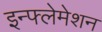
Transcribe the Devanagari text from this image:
इन्फ्लेमेशन